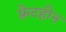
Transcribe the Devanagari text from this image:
फ़्रेटहीन